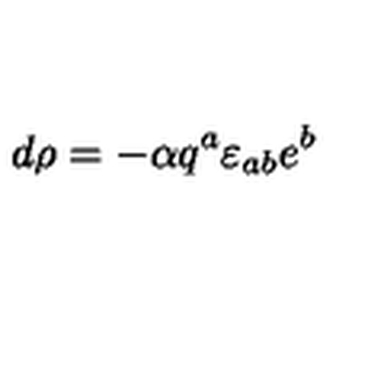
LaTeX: d \rho = - { \alpha } q ^ { a } \varepsilon _ { a b } e ^ { b }